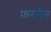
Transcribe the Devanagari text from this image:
फ़रनैन